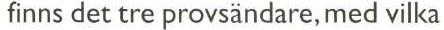
finns det tre provsändare, med vilka